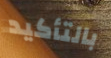
بالتأكيد